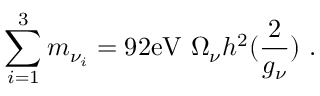
\sum _ { i = 1 } ^ { 3 } m _ { { \nu } _ { i } } = 9 2 \mathrm { e V } ~ \Omega _ { \nu } h ^ { 2 } ( { \frac { 2 } { g _ { \nu } } } ) ~ .